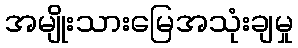
အမျိုးသားမြေအသုံးချမှု